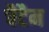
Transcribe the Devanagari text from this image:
चैटैम